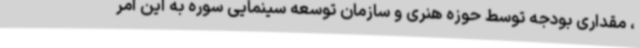
، مقداری بودجه توسط حوزه هنری و سازمان توسعه سینمایی سوره به این امر